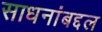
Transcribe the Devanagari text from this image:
साधनांबद्दल